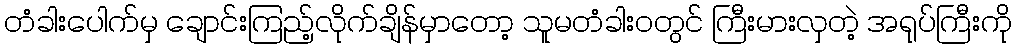
တံခါးပေါက်မှ ချောင်းကြည့်လိုက်ချိန်မှာတော့ သူမတံခါး၀တွင် ကြီးမားလှတဲ့ အရုပ်ကြီးကို